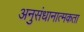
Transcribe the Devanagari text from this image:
अनुसंधानात्मकता